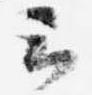
云